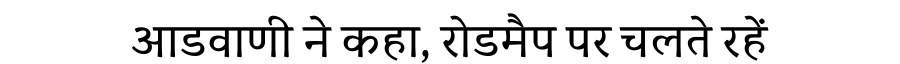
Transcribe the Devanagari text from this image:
आडवाणी ने कहा, रोडमैप पर चलते रहें